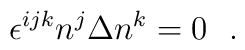
\epsilon^{ijk} n^j \Delta n^k =0\ \ .